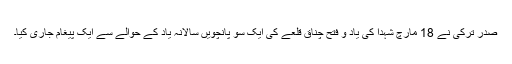
صدرِ ترکی نے 18 مارچ شہدا کی یاد و فتح چناق قلعے کی ایک سو پانچویں سالانہ یاد کے حوالے سے ایک پیغام جاری کیا۔